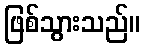
ဖြစ်သွားသည်။